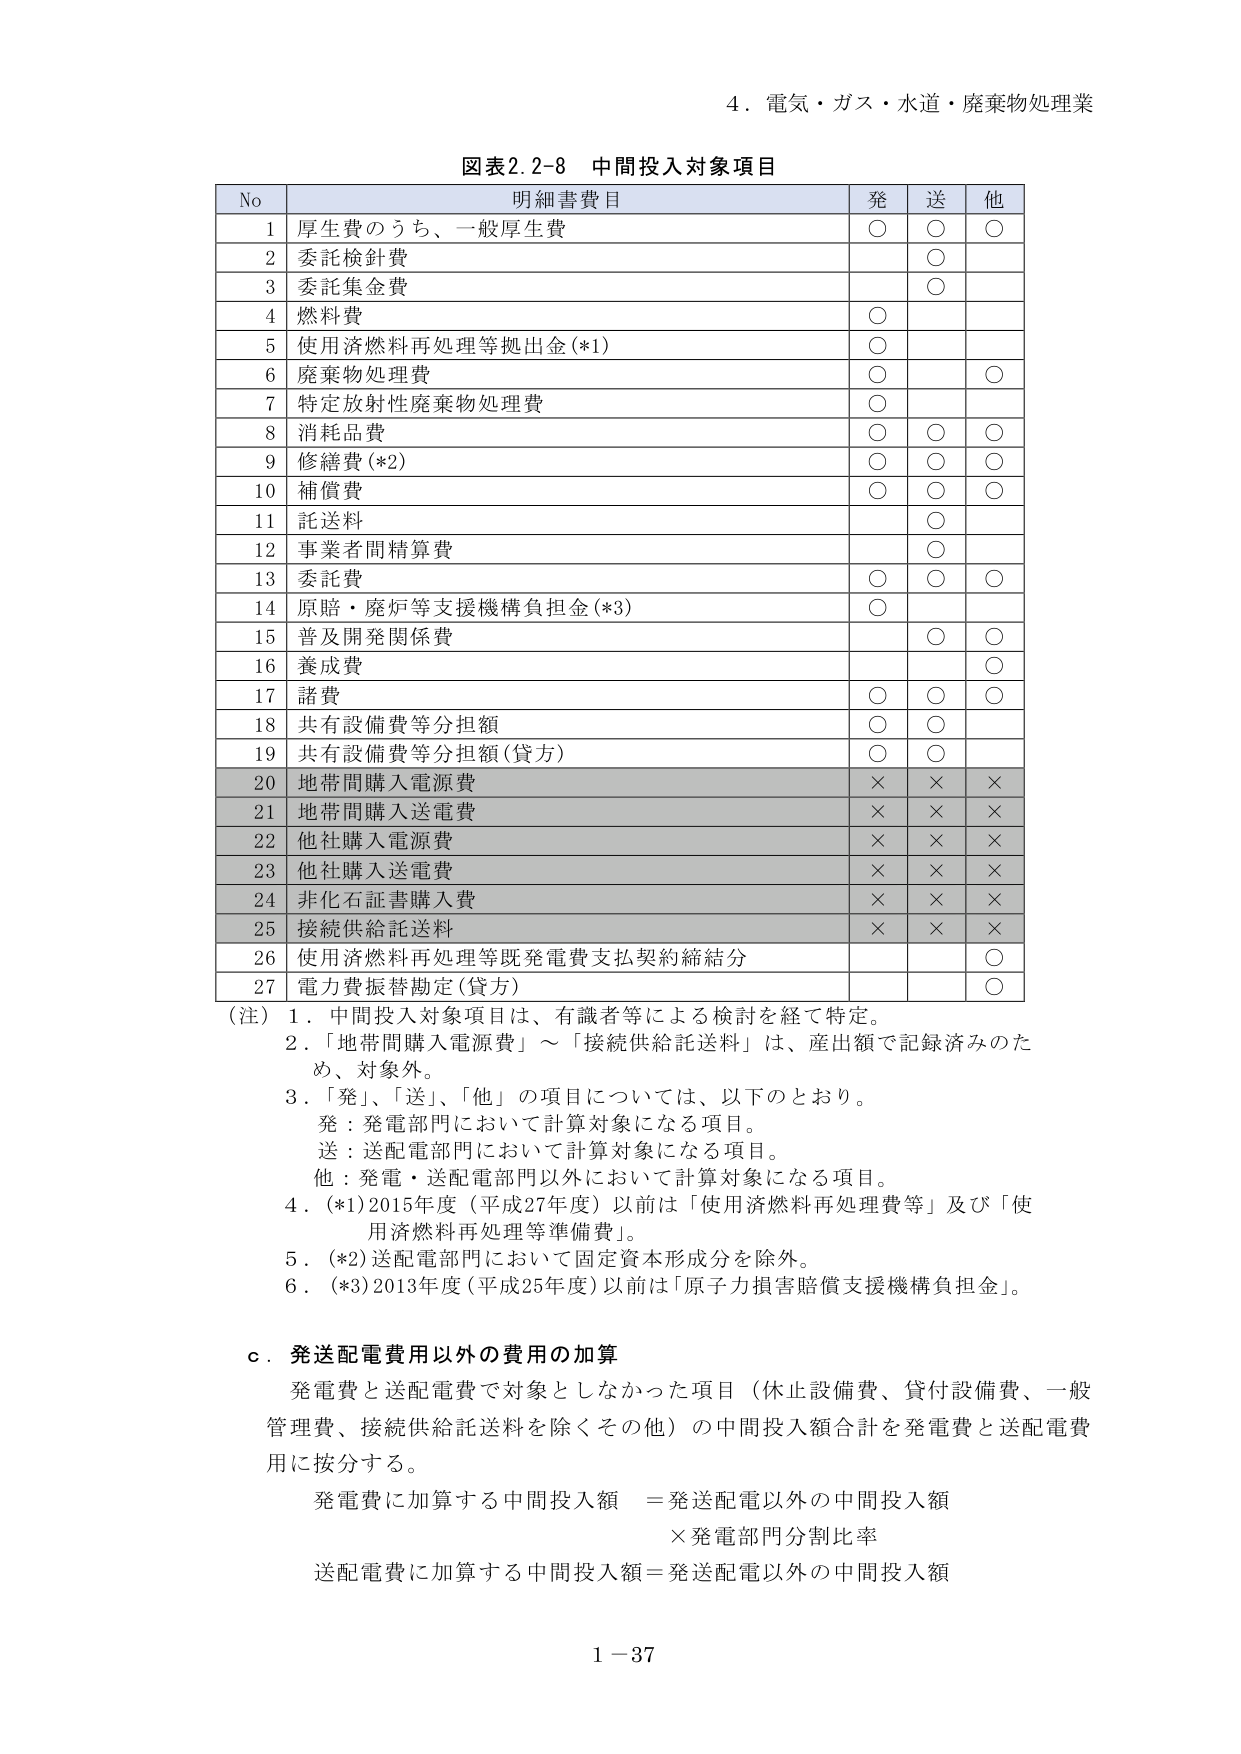
4．電気・ガス・水道・廃棄物処理業

図表2.2-8 中間投入対象項目

No 明細書費目 発 送 他
1 厚生費のうち、一般厚生費 ○ ○ ○
2 委託検針費 ○
3 委託集金費 ○
4 燃料費 ○
5 使用済燃料再処理等拠出金(*1) ○
6 廃棄物処理費 ○ ○
7 特定放射性廃棄物処理費 ○
8 消耗品費 ○ ○ ○
9 修繕費(*2) ○ ○ ○
10 補償費 ○ ○ ○
11 託送料 ○
12 事業者間精算費 ○
13 委託費 ○ ○ ○
14 原賠・廃炉等支援機構負担金(*3) ○
15 普及開発関係費 ○ ○
16 養成費 ○
17 諸費 ○ ○ ○
18 共有設備費等分担額 ○ ○
19 共有設備費等分担額(貸方) ○ ○
20 地帯間購入電源費 × × ×
21 地帯間購入送電費 × × ×
22 他社購入電源費 × × ×
23 他社購入送電費 × × ×
24 非化石証書購入費 × × ×
25 接続供給託送料 × × ×
26 使用済燃料再処理等既発電費支払契約締結分 ○
27 電力費振替勘定(貸方) ○

(注) 1．中間投入対象項目は、有識者等による検討を経て特定。
2．「地帯間購入電源費」～「接続供給託送料」は、産出額で記録済みのため、対象外。
3．「発」、「送」、「他」の項目については、以下のとおり。
発：発電部門において計算対象になる項目。
送：送配電部門において計算対象になる項目。
他：発電・送配電部門以外において計算対象になる項目。
4．(*1)2015年度（平成27年度）以前は「使用済燃料再処理費等」及び「使用済燃料再処理等準備費」。
5．(*2)送配電部門において固定資本形成成分を除外。
6．(*3)2013年度（平成25年度）以前は「原子力損害賠償支援機構負担金」。

ｃ．発送配電費用以外の費用の加算
発電費と送配電費で対象としなかった項目（休止設備費、貸付設備費、一般管理費、接続供給託送料を除くその他）の中間投入額合計を発電費と送配電費用に按分する。

発電費に加算する中間投入額 ＝発送配電以外の中間投入額
×発電部門分割比率
送配電費に加算する中間投入額＝発送配電以外の中間投入額

1－37